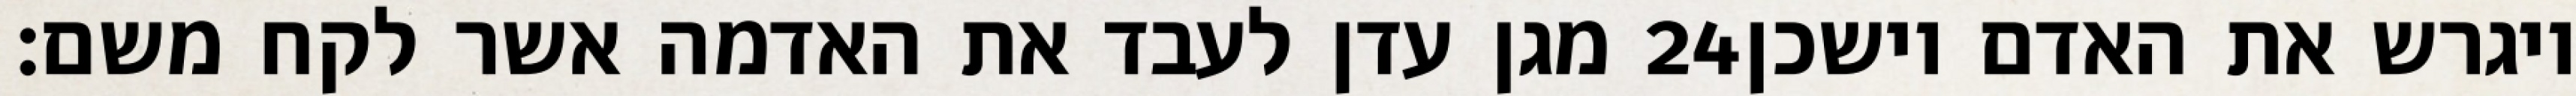
מגן עדן לעבד את האדמה אשר לקח משם׃ ‎24‏ ויגרש את האדם וישכן